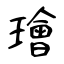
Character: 璯